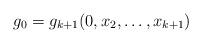
LaTeX: \begin{align*}g_0 = g_{k+1}(0,x_2, \ldots,x_{k+1})\end{align*}